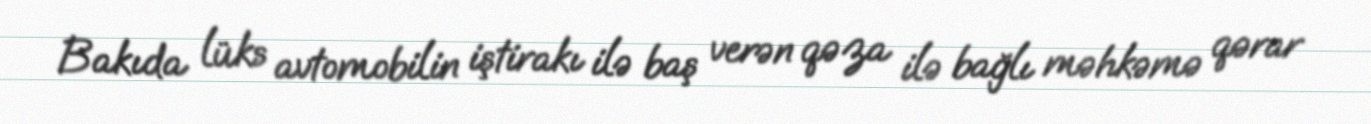
Bakıda lüks avtomobilin iştirakı ilə baş verən qəza ilə bağlı məhkəmə qərar